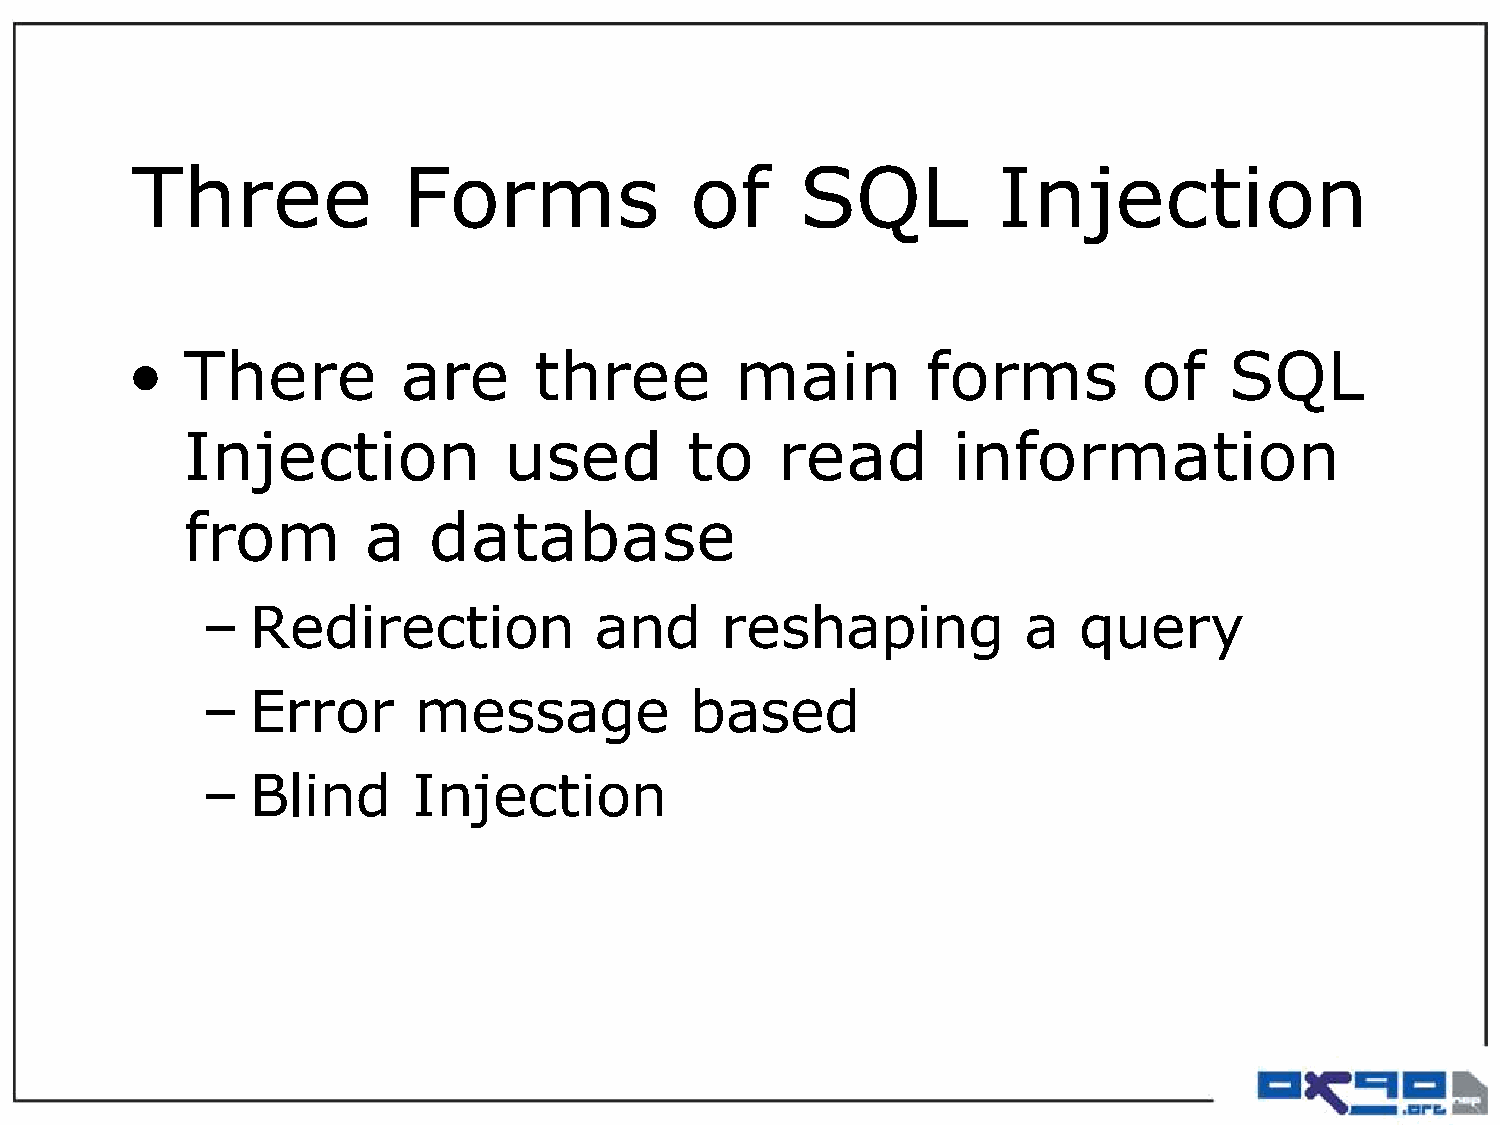
Three             Forms              of     SQL          Injection
 •   There          are     three         main        forms          of   SQL
 Injection            used        to    read        information
 from        a   database
 –  Redirection            and      reshaping           a  query
 –  Error      message            based
 –  Blind      Injection